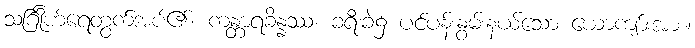
သင်္ဂြိုဟ်ရေတွက်အပ်၏။ ကန္တာရခိန္နဿ၊ ခရီးခဲ၌ ပင်ပန်းနွမ်းနယ်သော ယောကျာ်းအား။